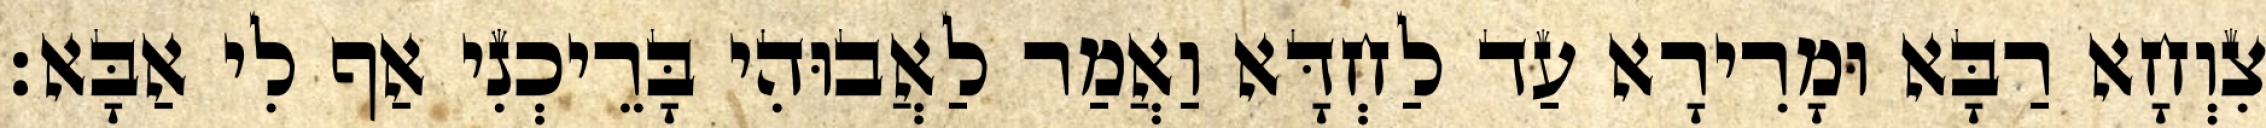
צִוְחָא רַבָּא וּמָרִירָא עַד לַחְדָּא וַאֲמַר לַאֲבוּהִי בָּרֵיכְנִי אַף לִי אַבָּא׃